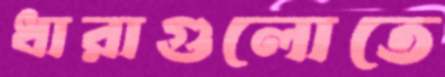
ধারাগুলোতে